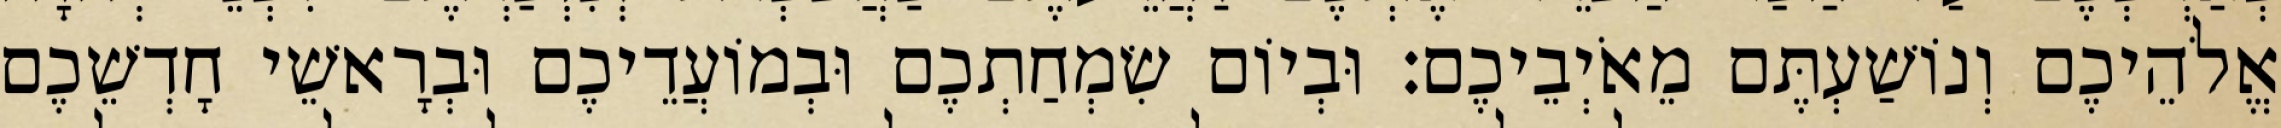
אֱלֹהֵיכֶם וְנוֹשַׁעְתֶּם מֵאֹיְבֵיכֶם׃ וּבְיוֹם שִׂמְחַתְכֶם וּבְמוֹעֲדֵיכֶם וּבְרָאשֵׁי חָדְשֵׁכֶם